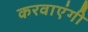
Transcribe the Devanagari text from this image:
करवाएंगी